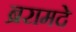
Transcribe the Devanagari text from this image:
ब्ररामदे